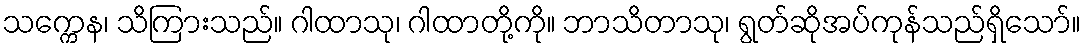
သက္ကေန၊ သိကြားသည်။ ဂါထာသု၊ ဂါထာတို့ကို။ ဘာသိတာသု၊ ရွတ်ဆိုအပ်ကုန်သည်ရှိသော်။